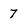
Character: 7